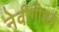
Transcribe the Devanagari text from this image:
नेवीगीशन